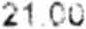
21.00